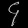
Digit: ၄